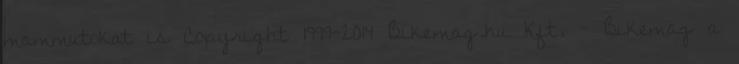
mammutokat is Copyright 1999-2014 Bikemag.hu Kft. - Bikemag a